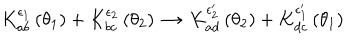
K _ { a b } ^ { \epsilon _ { 1 } } \left( \theta _ { 1 } \right) + K _ { b c } ^ { \epsilon _ { 2 } } \left( \theta _ { 2 } \right) \, \rightarrow \, K _ { a d } ^ { \epsilon _ { 2 } ^ { \prime } } \left( \theta _ { 2 } \right) + K _ { d c } ^ { \epsilon _ { 1 } ^ { \prime } } \left( \theta _ { 1 } \right)